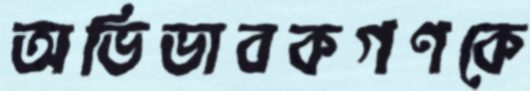
অভিভাবকগণকে